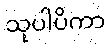
သုပါပိကာ